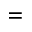
=